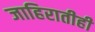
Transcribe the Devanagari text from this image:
जाहिरातीही